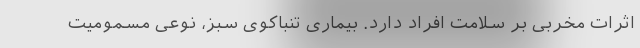
اثرات مخربی بر سلامت افراد دارد. بیماری تنباکوی سبز، نوعی مسمومیت